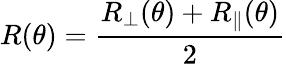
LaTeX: R(\theta)=\frac{R_{\perp}(\theta)+R_{\parallel}(\theta)}{2}